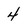
Character: 4